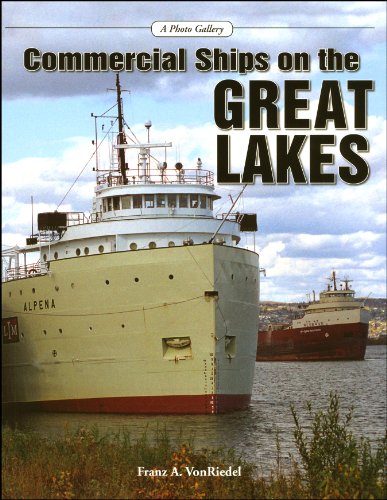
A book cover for Commercial Ships on the Great Lakes: A Photo Gallery; Franz Von Riedel; Arts & Photography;